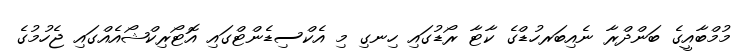
މުމްބާއީގެ ބަންދްރާ ނެއިބަރހުޑްގެ ކާޓާ ރޯޑުގައި ހިނގި މި އެކްސިޑެންޓްގައި އޮޓޯރިކްޝޯއެއްގައި ޖެހުމުގެ